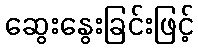
ဆွေးနွေးခြင်းဖြင့်